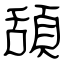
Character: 頢